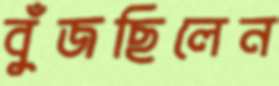
বুঁজছিলেন